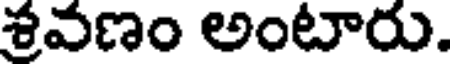
శ్రవణం అంటారు.